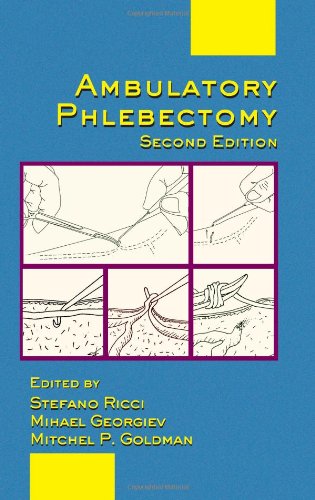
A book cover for Ambulatory Phlebectomy, Second Edition (Basic and Clinical Dermatology); Medical Books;